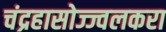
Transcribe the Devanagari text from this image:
चंद्रहासोज्ज्वलकरा